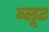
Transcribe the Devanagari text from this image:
ब्लूट